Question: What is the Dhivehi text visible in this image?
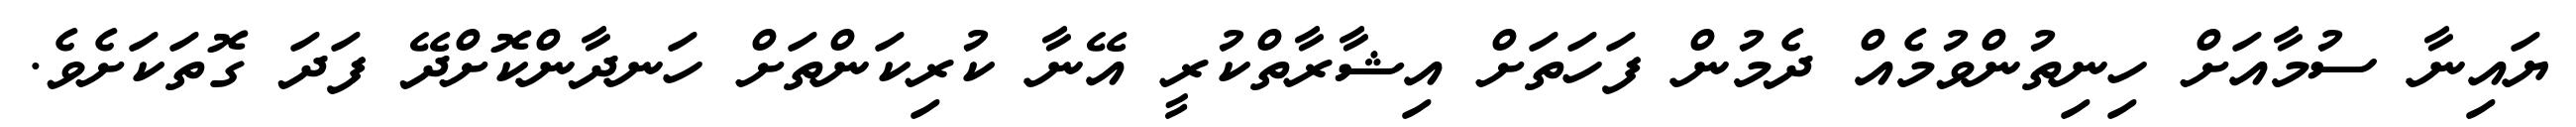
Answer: ޔައިނާ ސުމާއަށް ހިނިތުންވުމެއް ދެމުން ފަހަތަށް އިޝާރާތްކުރީ އޭނާ ކުރިކަންތަށް ހަނދާންކޮށްދޭ ފަދަ ގޮތަކަށެވެ.